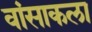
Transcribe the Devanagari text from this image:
वांसाकला